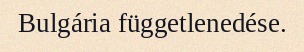
Bulgária függetlenedése.